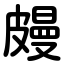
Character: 㿸